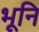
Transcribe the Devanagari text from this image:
भूनि